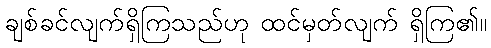
ချစ်ခင်လျက်ရှိကြသည်ဟု ထင်မှတ်လျက် ရှိကြ၏။